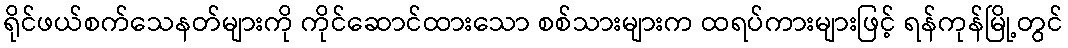
ရိုင်ဖယ်စက်သေနတ်များကို ကိုင်ဆောင်ထားသော စစ်သားများက ထရပ်ကားများဖြင့် ရန်ကုန်မြို့တွင်